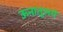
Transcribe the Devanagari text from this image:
ऊनातूलये